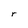
Character: r